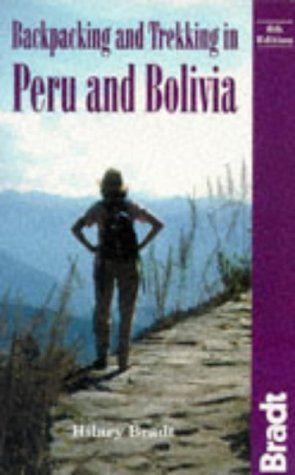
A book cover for Backpacking and Trekking in Peru and Bolivia (Bradt Guides); Hilary Bradt; Travel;